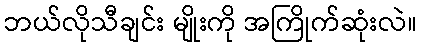
ဘယ်လိုသီချင်း မျိုးကို အကြိုက်ဆုံးလဲ။